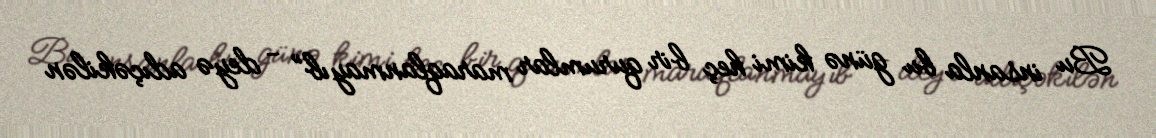
Bu insanla bu günə kimi heç bir qurumlar maraqlanmayıb” - deyə adıçəkilən